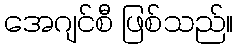
အေဂျင်စီ ဖြစ်သည်။